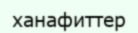
ханафиттер